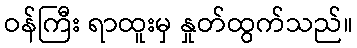
ဝန်ကြီး ရာထူးမှ နှုတ်ထွက်သည်။